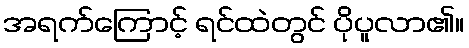
အရက်ကြောင့် ရင်ထဲတွင် ပိုပူလာ၏။